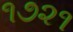
૧૭૨૧